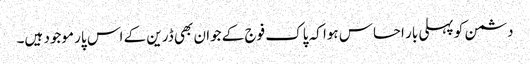
دشمن کو پہلی بار احساس ہوا کہ پاک فوج کے جوان بھی ڈرین کے اس پار موجود ہیں۔